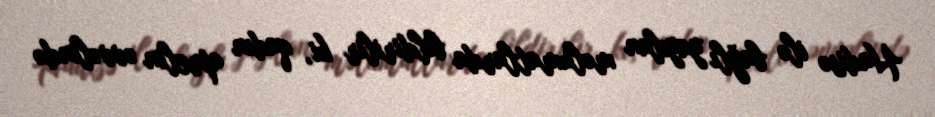
Hadisə ilə bağlı yayılan məlumatlarda bildirilir ki, qadın aprelin əvvəlində